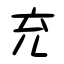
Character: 充